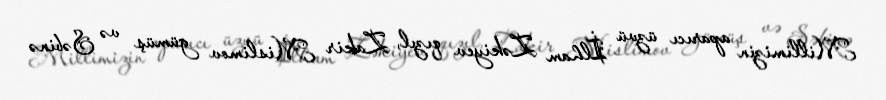
Millimizin aparıcı üzvü İlham Zəkiyev qızıl, Zakir Mislimov gümüş və Səbinə